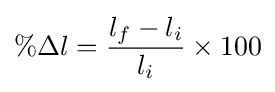
\%\Delta l={\frac {l_{f}-l_{i}}{l_{i}}}\times 100